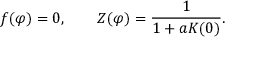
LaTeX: f ( \varphi ) = 0 , \qquad Z ( \varphi ) = \frac { 1 } { 1 + a K ( 0 ) } .